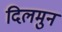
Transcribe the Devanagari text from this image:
दिलमुन